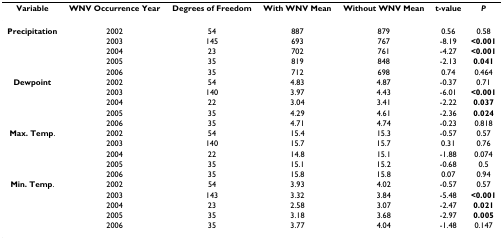
<table><thead><tr><td><b>Variable</b></td><td><b>WNV Occurrence Year</b></td><td><b>Degrees of Freedom</b></td><td><b>With WNV Mean</b></td><td><b>Without WNV Mean</b></td><td><b>t-value</b></td><td><b><i>P</i></b></td></tr></thead><tbody><tr><td><b>Precipitation</b></td><td>2002</td><td>54</td><td>887</td><td>879</td><td>0.56</td><td>0.58</td></tr><tr><td></td><td>2003</td><td>145</td><td>693</td><td>767</td><td>-8.19</td><td><b>&lt;0.001</b></td></tr><tr><td></td><td>2004</td><td>23</td><td>702</td><td>761</td><td>-4.27</td><td><b>&lt;0.001</b></td></tr><tr><td></td><td>2005</td><td>35</td><td>819</td><td>848</td><td>-2.13</td><td><b>0.041</b></td></tr><tr><td></td><td>2006</td><td>35</td><td>712</td><td>698</td><td>0.74</td><td>0.464</td></tr><tr><td><b>Dewpoint</b></td><td>2002</td><td>54</td><td>4.83</td><td>4.87</td><td>-0.37</td><td>0.71</td></tr><tr><td></td><td>2003</td><td>140</td><td>3.97</td><td>4.43</td><td>-6.01</td><td><b>&lt;0.001</b></td></tr><tr><td></td><td>2004</td><td>22</td><td>3.04</td><td>3.41</td><td>-2.22</td><td><b>0.037</b></td></tr><tr><td></td><td>2005</td><td>35</td><td>4.29</td><td>4.61</td><td>-2.36</td><td><b>0.024</b></td></tr><tr><td></td><td>2006</td><td>35</td><td>4.71</td><td>4.74</td><td>-0.23</td><td>0.818</td></tr><tr><td><b>Max. Temp</b>.</td><td>2002</td><td>54</td><td>15.4</td><td>15.3</td><td>-0.57</td><td>0.57</td></tr><tr><td></td><td>2003</td><td>140</td><td>15.7</td><td>15.7</td><td>0.31</td><td>0.76</td></tr><tr><td></td><td>2004</td><td>22</td><td>14.8</td><td>15.1</td><td>-1.88</td><td>0.074</td></tr><tr><td></td><td>2005</td><td>35</td><td>15.1</td><td>15.2</td><td>-0.68</td><td>0.5</td></tr><tr><td></td><td>2006</td><td>35</td><td>15.8</td><td>15.8</td><td>0.07</td><td>0.94</td></tr><tr><td><b>Min. Temp</b>.</td><td>2002</td><td>54</td><td>3.93</td><td>4.02</td><td>-0.57</td><td>0.57</td></tr><tr><td></td><td>2003</td><td>143</td><td>3.32</td><td>3.84</td><td>-5.48</td><td><b>&lt;0.001</b></td></tr><tr><td></td><td>2004</td><td>23</td><td>2.58</td><td>3.07</td><td>-2.47</td><td><b>0.021</b></td></tr><tr><td></td><td>2005</td><td>35</td><td>3.18</td><td>3.68</td><td>-2.97</td><td><b>0.005</b></td></tr><tr><td></td><td>2006</td><td>35</td><td>3.77</td><td>4.04</td><td>-1.48</td><td>0.147</td></tr></tbody></table>